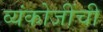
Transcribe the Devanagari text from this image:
व्यंकोजींची